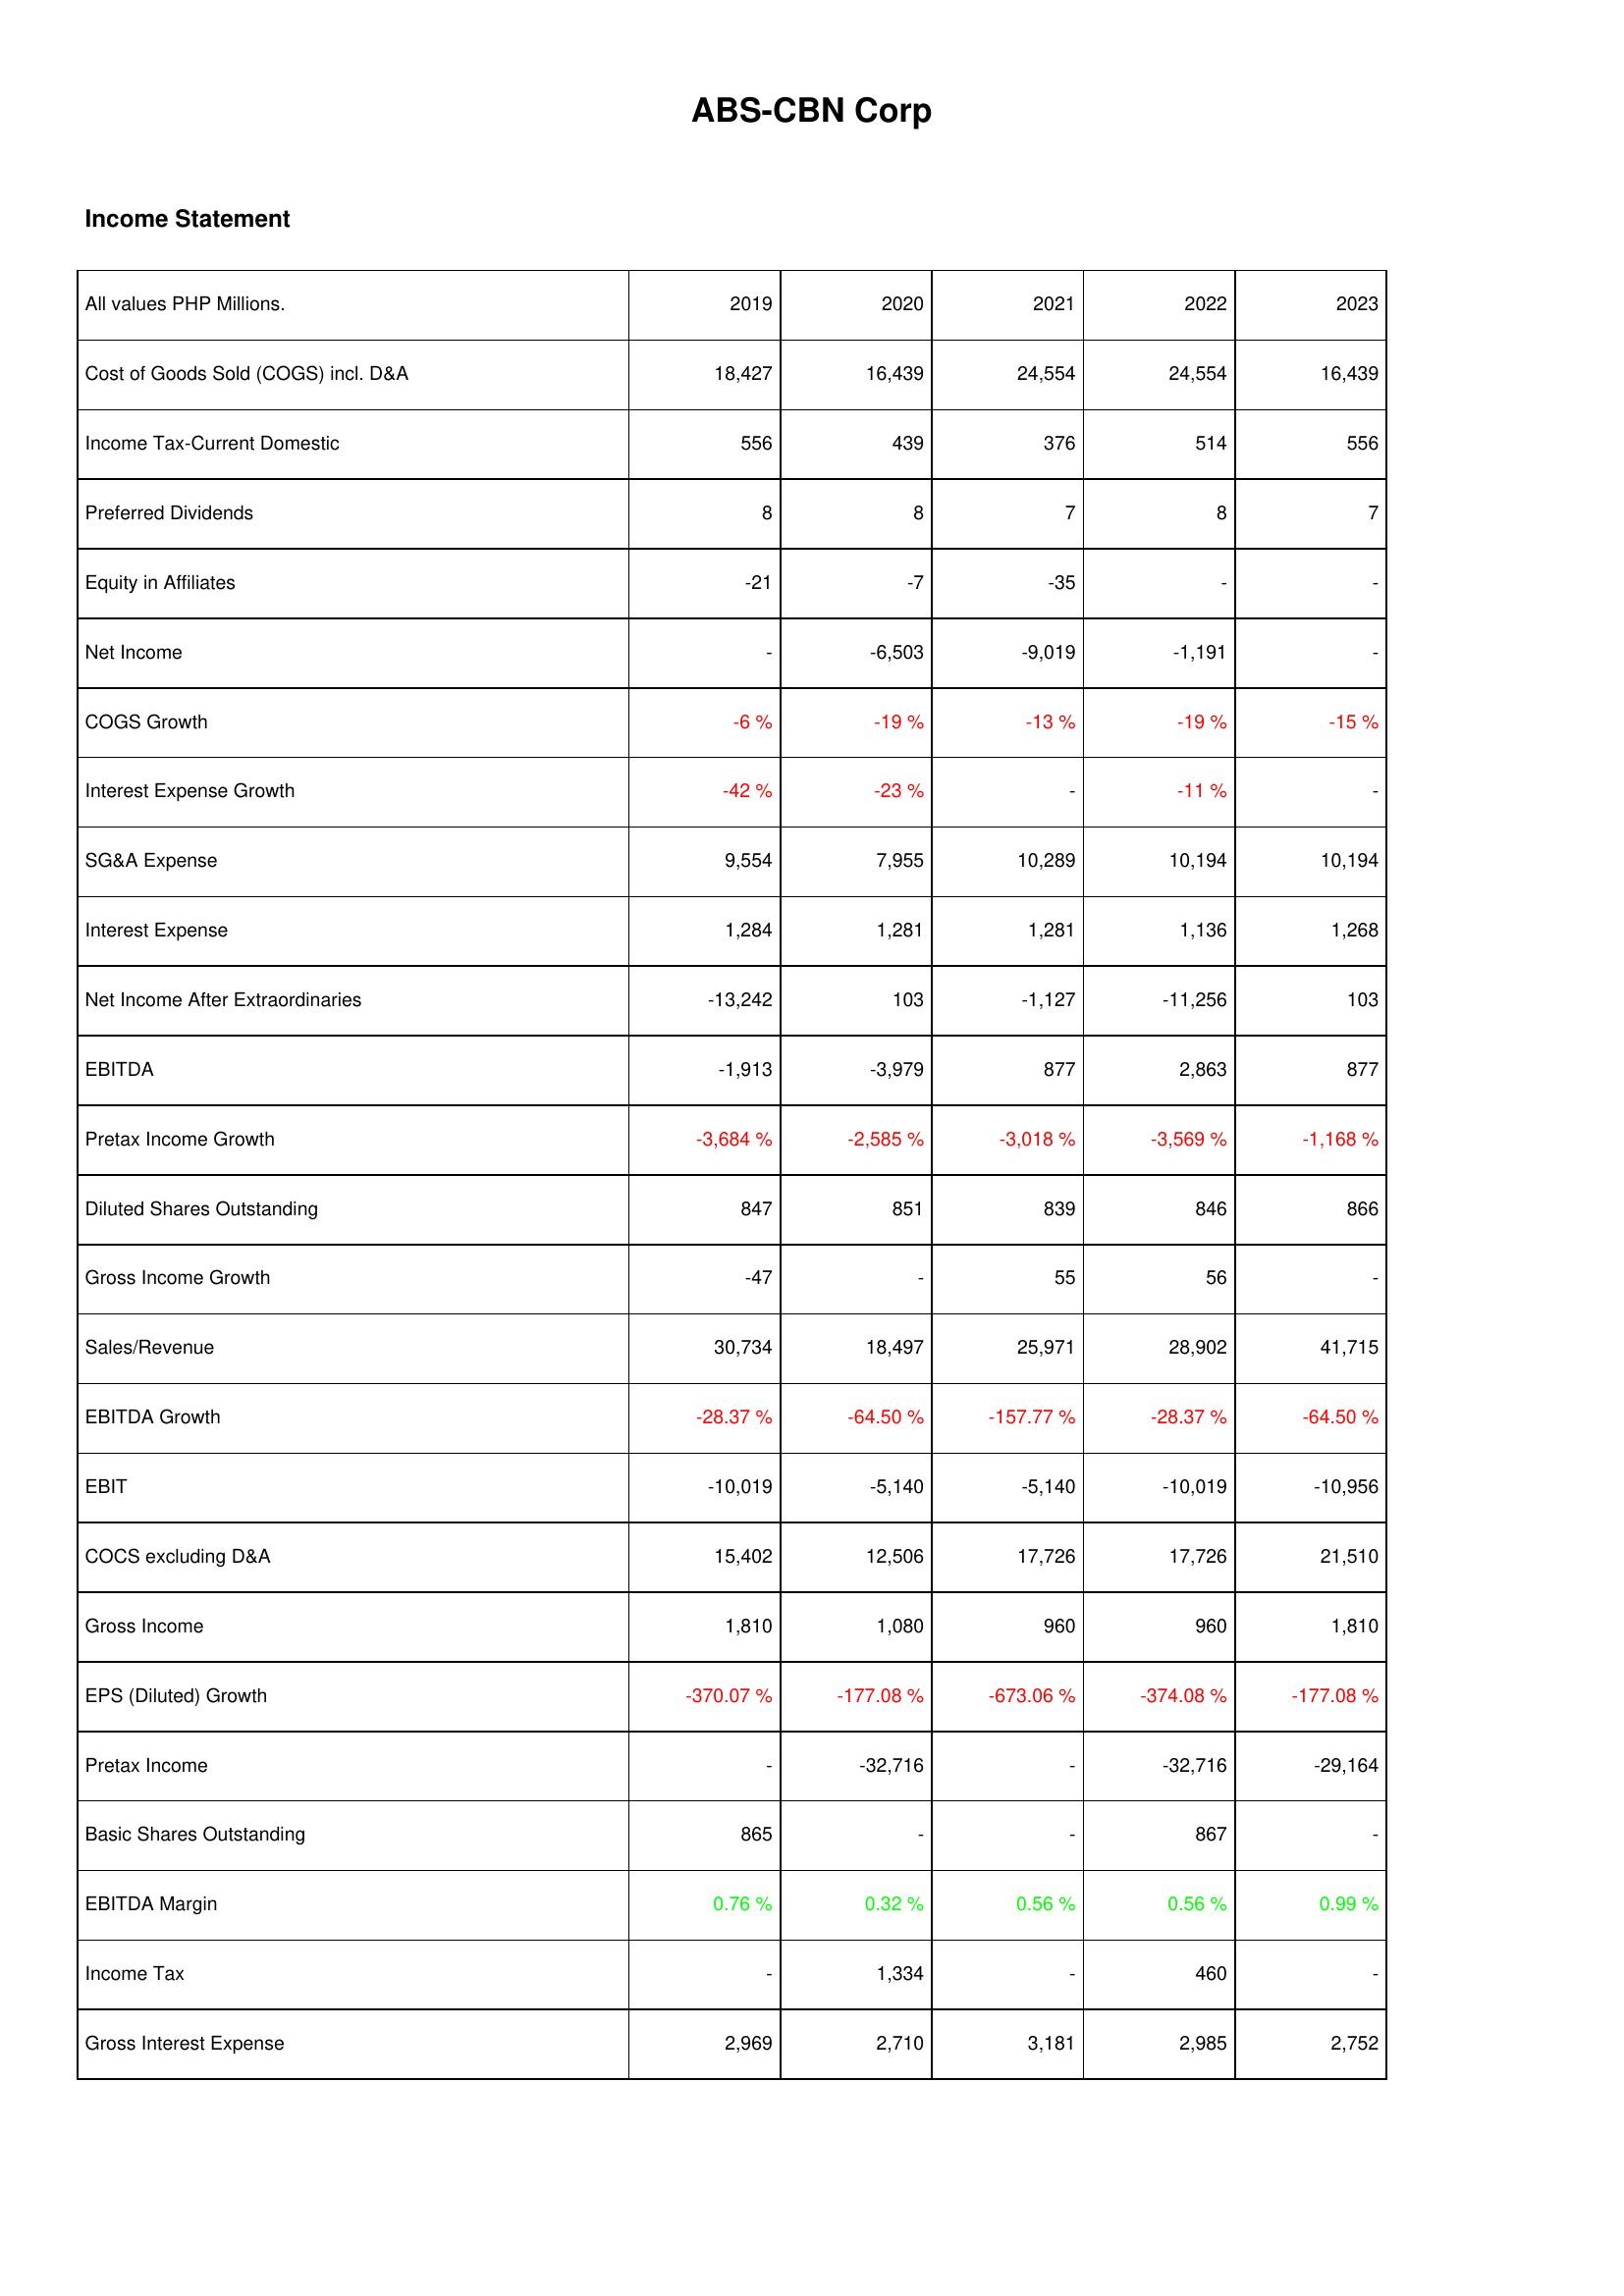
2019: Income Statement: Cost of Goods Sold (COGS) incl. D&A: 18,427
Income Tax-Current Domestic: 556
Preferred Dividends: 8
Equity in Affiliates: -21
Net Income: -
COGS Growth: -6 %
Interest Expense Growth: -42 %
SG&A Expense: 9,554
Interest Expense: 1,284
Net Income After Extraordinaries: -13,242
EBITDA: -1,913
Pretax Income Growth: -3,684 %
Diluted Shares Outstanding: 847
Gross Income Growth: -47
Sales/Revenue: 30,734
EBITDA Growth: -28.37 %
EBIT: -10,019
COCS excluding D&A: 15,402
Gross Income: 1,810
EPS (Diluted) Growth: -370.07 %
Pretax Income: -
Basic Shares Outstanding: 865
EBITDA Margin: 0.76 %
Income Tax: -
Gross Interest Expense: 2,969
2020: Income Statement: Cost of Goods Sold (COGS) incl. D&A: 16,439
Income Tax-Current Domestic: 439
Preferred Dividends: 8
Equity in Affiliates: -7
Net Income: -6,503
COGS Growth: -19 %
Interest Expense Growth: -23 %
SG&A Expense: 7,955
Interest Expense: 1,281
Net Income After Extraordinaries: 103
EBITDA: -3,979
Pretax Income Growth: -2,585 %
Diluted Shares Outstanding: 851
Gross Income Growth: -
Sales/Revenue: 18,497
EBITDA Growth: -64.50 %
EBIT: -5,140
COCS excluding D&A: 12,506
Gross Income: 1,080
EPS (Diluted) Growth: -177.08 %
Pretax Income: -32,716
Basic Shares Outstanding: -
EBITDA Margin: 0.32 %
Income Tax: 1,334
Gross Interest Expense: 2,710
2021: Income Statement: Cost of Goods Sold (COGS) incl. D&A: 24,554
Income Tax-Current Domestic: 376
Preferred Dividends: 7
Equity in Affiliates: -35
Net Income: -9,019
COGS Growth: -13 %
Interest Expense Growth: -
SG&A Expense: 10,289
Interest Expense: 1,281
Net Income After Extraordinaries: -1,127
EBITDA: 877
Pretax Income Growth: -3,018 %
Diluted Shares Outstanding: 839
Gross Income Growth: 55
Sales/Revenue: 25,971
EBITDA Growth: -157.77 %
EBIT: -5,140
COCS excluding D&A: 17,726
Gross Income: 960
EPS (Diluted) Growth: -673.06 %
Pretax Income: -
Basic Shares Outstanding: -
EBITDA Margin: 0.56 %
Income Tax: -
Gross Interest Expense: 3,181
2022: Income Statement: Cost of Goods Sold (COGS) incl. D&A: 24,554
Income Tax-Current Domestic: 514
Preferred Dividends: 8
Equity in Affiliates: -
Net Income: -1,191
COGS Growth: -19 %
Interest Expense Growth: -11 %
SG&A Expense: 10,194
Interest Expense: 1,136
Net Income After Extraordinaries: -11,256
EBITDA: 2,863
Pretax Income Growth: -3,569 %
Diluted Shares Outstanding: 846
Gross Income Growth: 56
Sales/Revenue: 28,902
EBITDA Growth: -28.37 %
EBIT: -10,019
COCS excluding D&A: 17,726
Gross Income: 960
EPS (Diluted) Growth: -374.08 %
Pretax Income: -32,716
Basic Shares Outstanding: 867
EBITDA Margin: 0.56 %
Income Tax: 460
Gross Interest Expense: 2,985
2023: Income Statement: Cost of Goods Sold (COGS) incl. D&A: 16,439
Income Tax-Current Domestic: 556
Preferred Dividends: 7
Equity in Affiliates: -
Net Income: -
COGS Growth: -15 %
Interest Expense Growth: -
SG&A Expense: 10,194
Interest Expense: 1,268
Net Income After Extraordinaries: 103
EBITDA: 877
Pretax Income Growth: -1,168 %
Diluted Shares Outstanding: 866
Gross Income Growth: -
Sales/Revenue: 41,715
EBITDA Growth: -64.50 %
EBIT: -10,956
COCS excluding D&A: 21,510
Gross Income: 1,810
EPS (Diluted) Growth: -177.08 %
Pretax Income: -29,164
Basic Shares Outstanding: -
EBITDA Margin: 0.99 %
Income Tax: -
Gross Interest Expense: 2,752